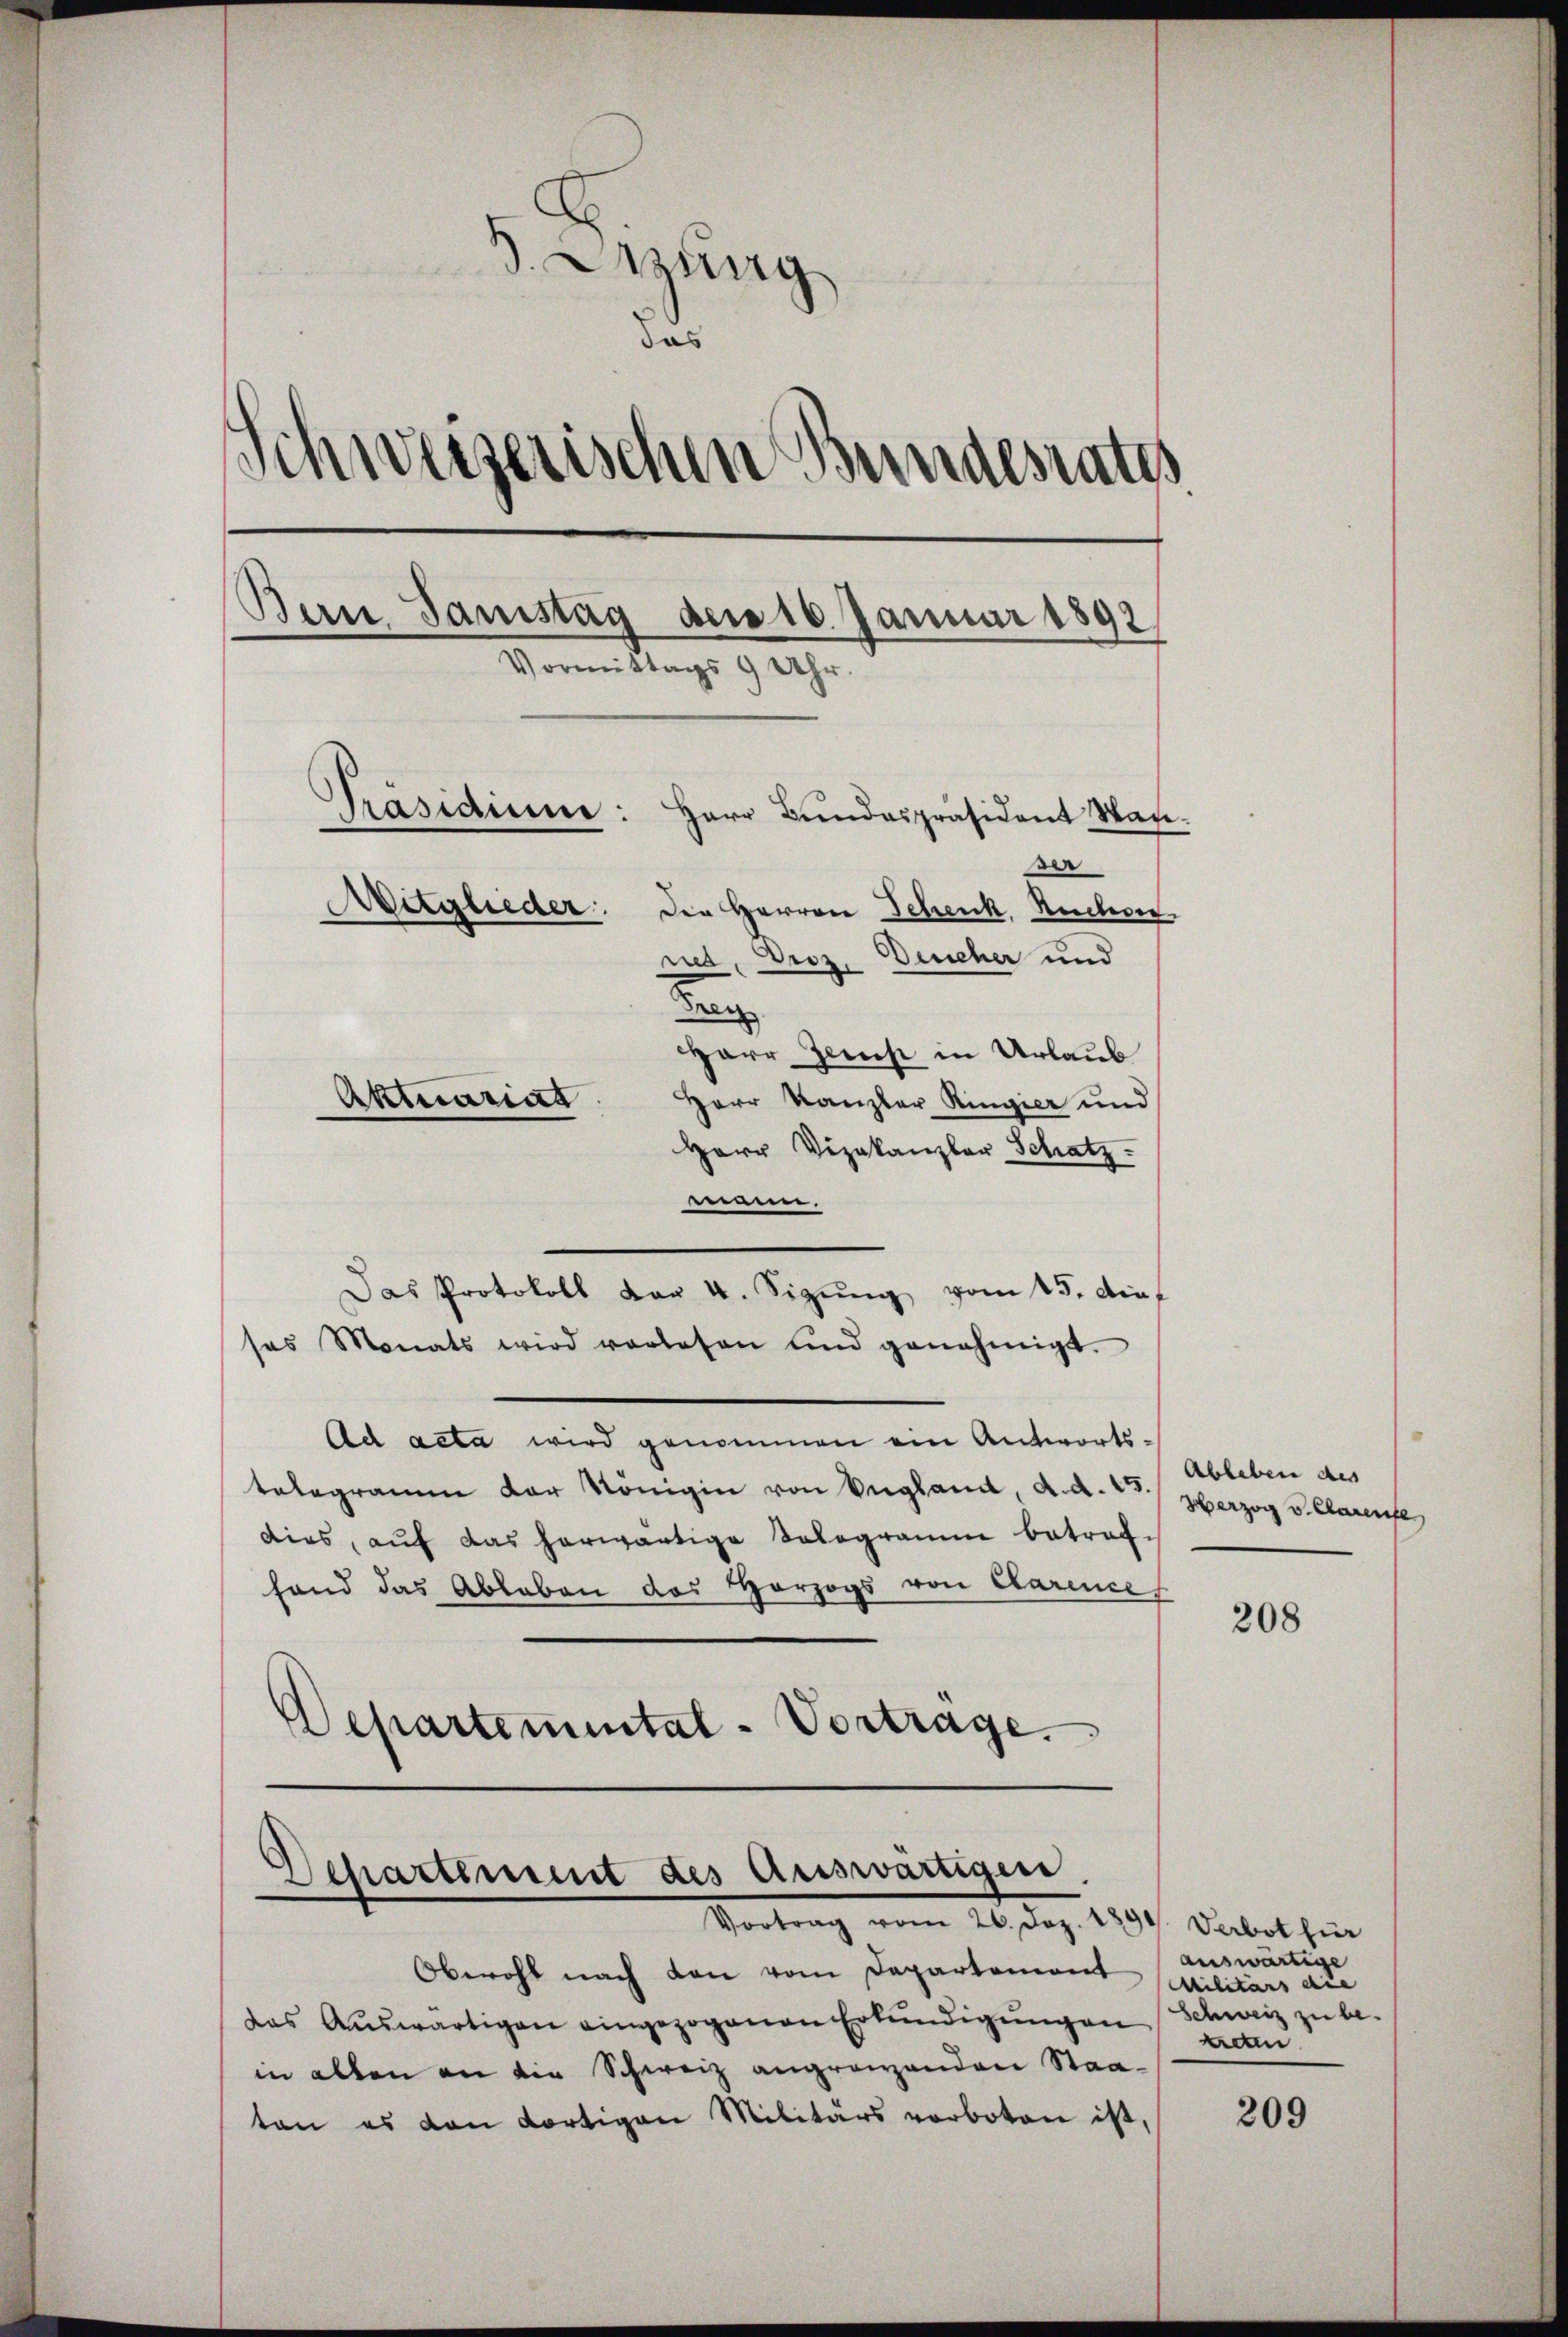
S. Aug
das
Schweizerischen Bundesrates
Bern Samstag den 16. Januar 1892
Vormittags 9 Uhr
Präsidium:
Herr Bundespräsident Wan
e
Mitglieder die Herren Schenk, Ruchen
net, Droz. Deucher und
.
Harr Zerst in Urlaub
Aktuariat
Herr Kanzler Ringier und
Herr Vizekanzler Schatz.

seinen.
Das Protokoll der 4. Sizŭng vom 15. Auf
ses Monats wird vorlesen und genehmigt.
Ad acta wird genommen ein Antworts-
telegramm der Königin von England, a. d. 23 / Herzog v. Clarerse
dies, auf das herwärtige Tologramm betraf-
fand das Ableben des Herzogs von Clarence
Departemental - Vortrage.

Departement des Auswärtigen
Vortrag vom 26. Dez. 1891

Oberohl nach den vom Departement Civilitärs die
das Aŭswärtigen eingezogenen Erkundigungen Schweiz zu be-
in allen an die Schweiz angrenzenden Staatan es den dortigen Militärs vorboten ist,

Ableben des

208

Verbot für
auswärtige
kreten

209